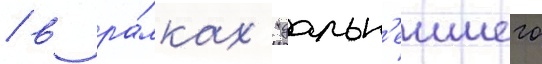
/ в ра́мках "дальн'еишего